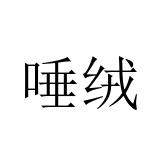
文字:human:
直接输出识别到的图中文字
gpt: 唾绒